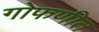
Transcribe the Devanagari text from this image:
गोफणीत